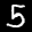
Label: 5